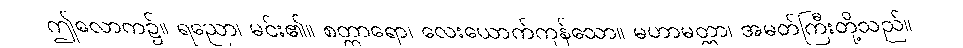
ဤလောက၌။ ရညော၊ မင်း၏။ စတ္တာရော၊ လေးယောက်ကုန်သော။ မဟာမတ္တာ၊ အမတ်ကြီးတို့သည်။